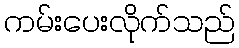
ကမ်းပေးလိုက်သည်